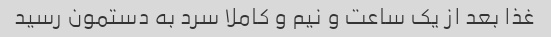
غذا بعد از یک ساعت و نیم و کاملا سرد به دستمون رسید